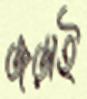
জড়াই